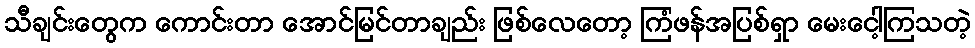
သီချင်းတွေက ကောင်းတာ အောင်မြင်တာချည်း ဖြစ်လေတော့ ကြံဖန်အပြစ်ရှာ မေးငေါ့ကြသတဲ့